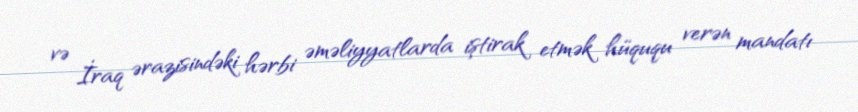
və İraq ərazisindəki hərbi əməliyyatlarda iştirak etmək hüququ verən mandatı